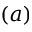
( a )